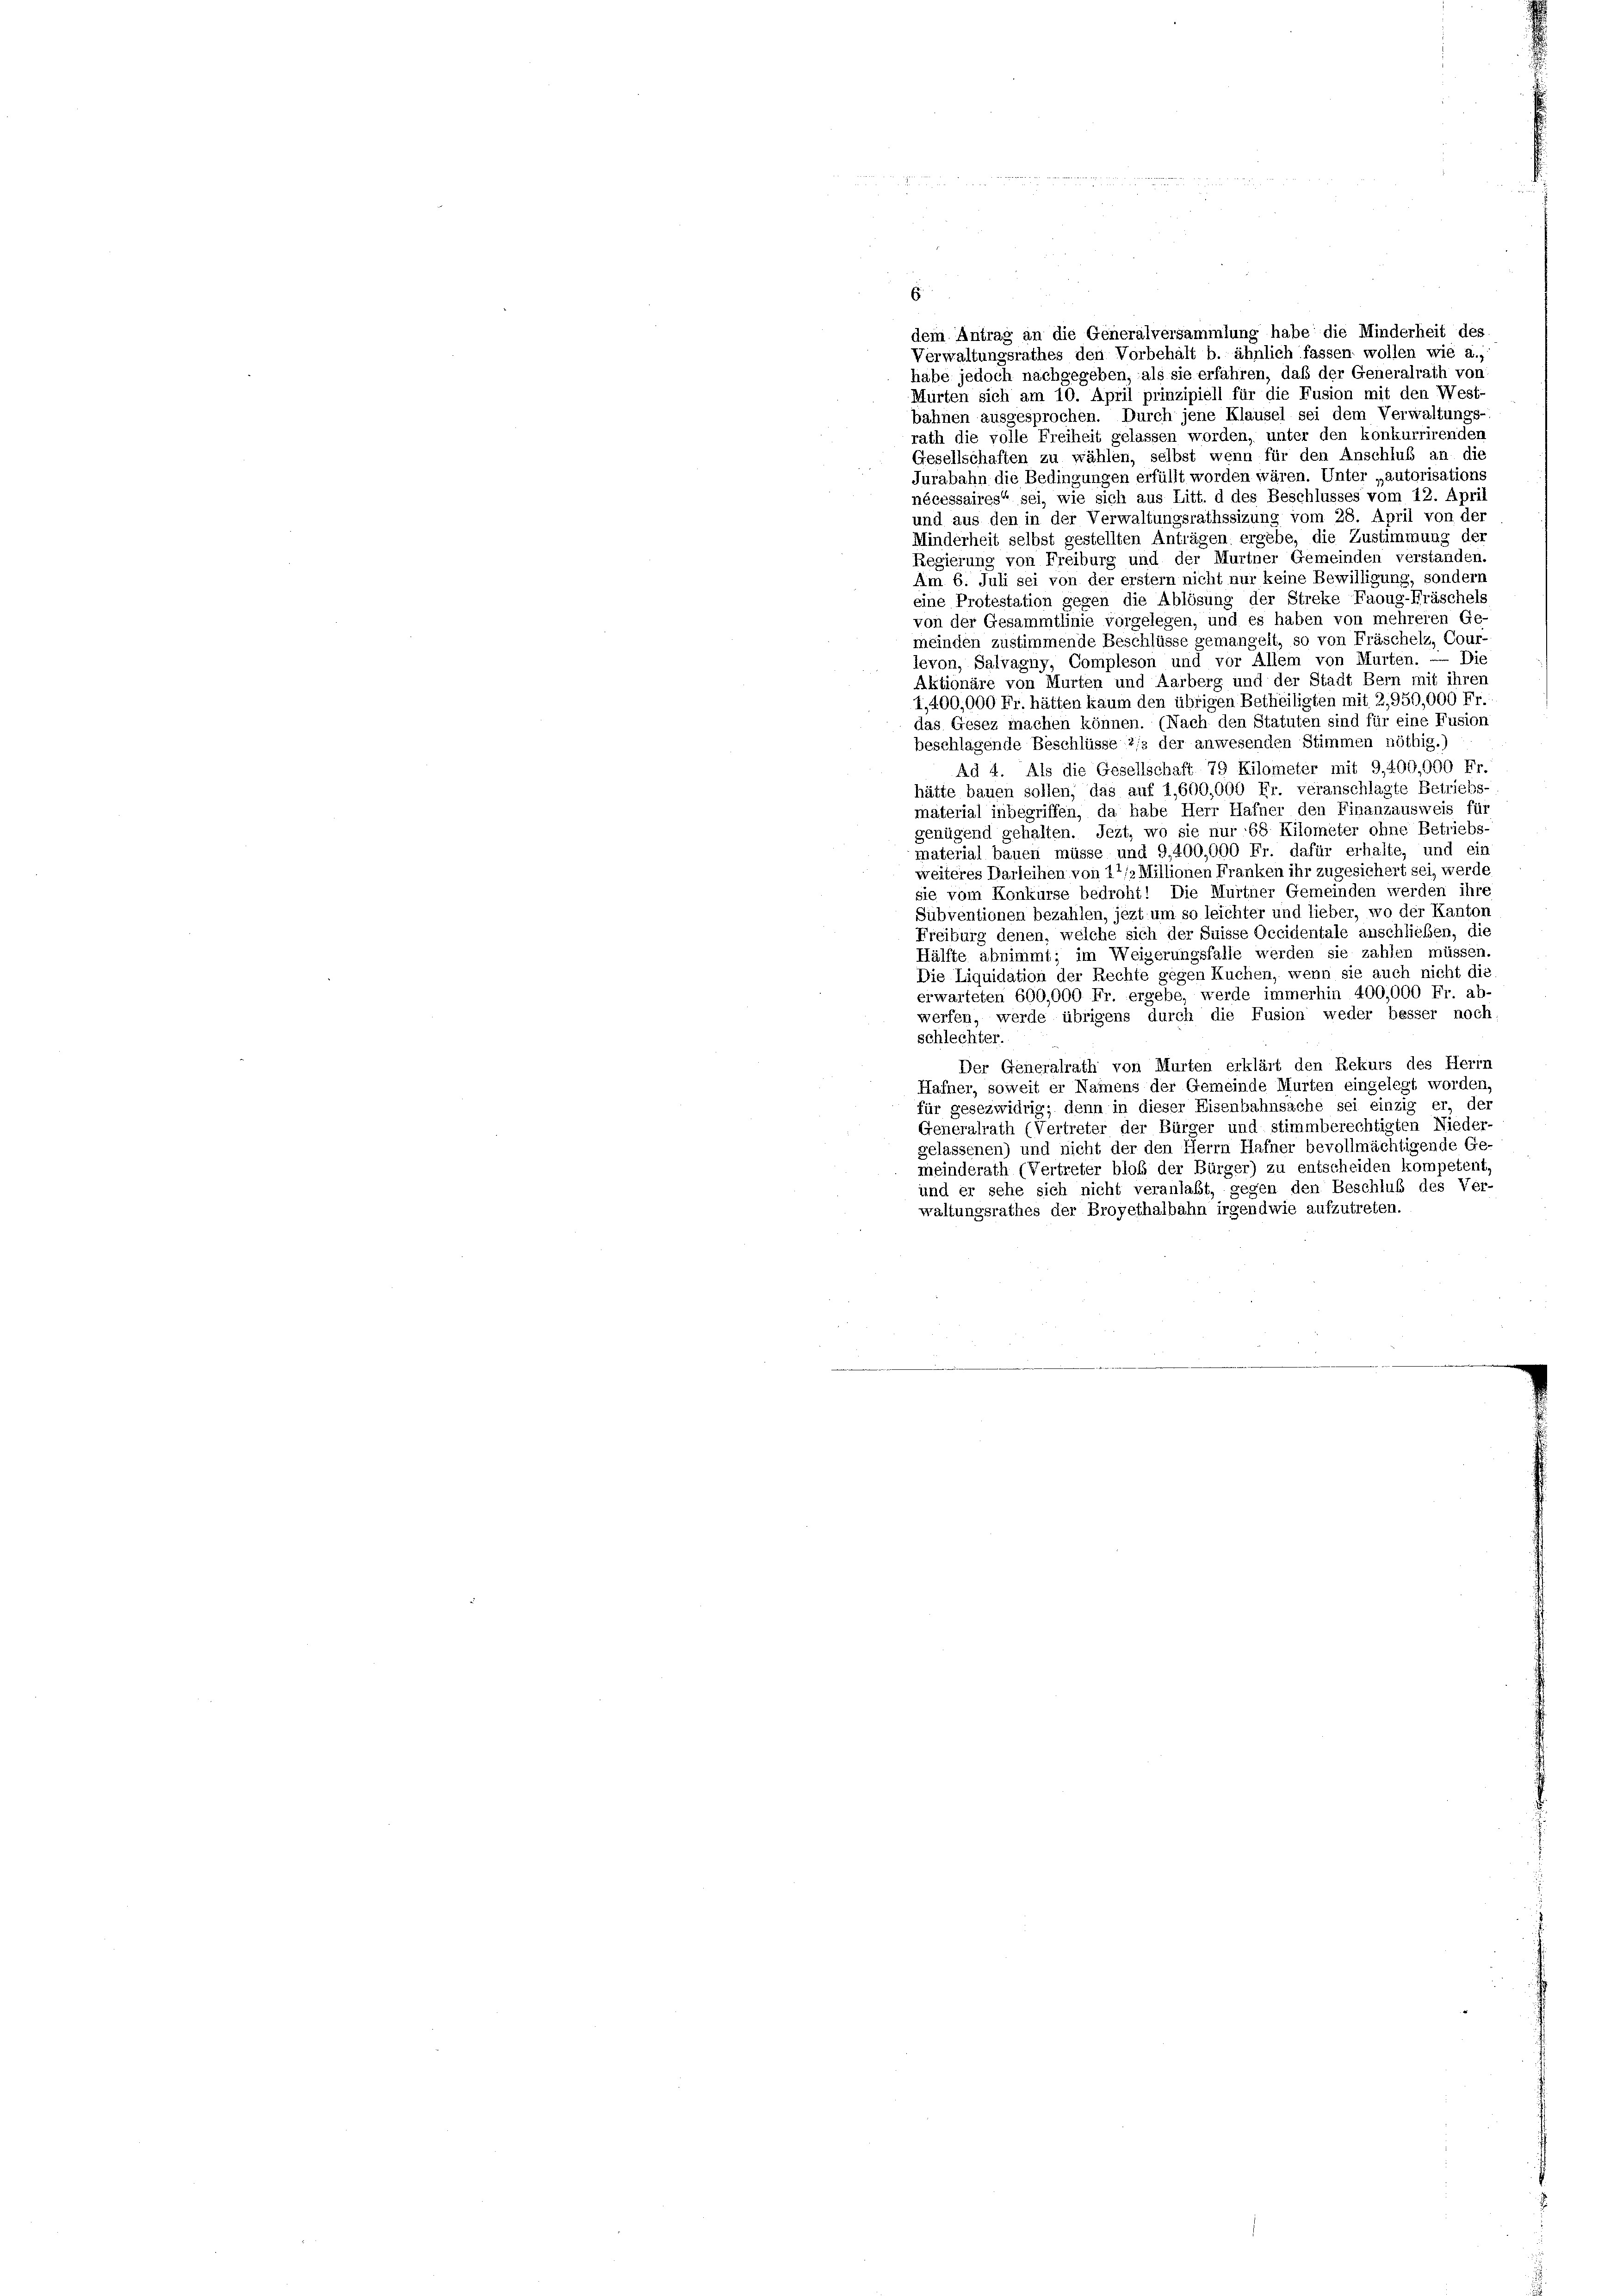
E
dem Antrag an die Generalversammlung habe die Minderheit des
Verwaltungsrathes den Vorbehalt b. ähnlich fassen wollen wie a.,
habe jedoch nachgegeben, als sie erfahren, daß der Generalrath von:
Murten sich am 10. April prinzipiell für die Fusion mit den West-
bahnen ausgesprochen. Durch jene Klausel sei dem Verwaltungs-
rath die volle Freiheit gelassen worden, unter den konkurrirenden
Gesellschaften zu wählen, selbst wenn für den Anschluß an die
Jurabahn die Bedingungen erfüllt worden wären. Unter „autorisations
nécessaires“ sei, wie sich aus Litt. d des Beschlusses vom 12. April
und aus den in der Verwaltungsrathssizung vom 28. April von der
Minderheit selbst gestellten Anträgen ergebe, die Zustimmung der
Regierung von Freiburg und der Murtner Gemeinden verstanden.
Am 6. Juli sei von der erstem nicht nur keine Bewilligung, sondern
eine Protestation gegen die Ablösung der Streke Faoug-Fräschels
von der Gesammtlinie vorgelegen, und es haben von mehreren Ge-
meinden zustimmende Beschlüsse gemangelt, so von Fräschelz, Cour-
levon, Salvagny, Compleson und vor Allem von Murten. — Die
Aktionäre von Murten und Aarberg und der Stadt Bern mit ihren
1,400,000 Fr. hätten kaum den übrigen Betheiligten mit 2,950,000 Fr.
das Gesez machen können. (Nach den Statuten sind für eine Fusion
beschlagende Beschlüsse 2/s der anwesenden Stimmen nöthig.)
Ad 4. Als die Gesellschaft 79 Kilometer mit 9,400,000 Fr.
hätte bauen sollen, das auf 1,600,000 Fr. veranschlagte Betriebs-
material inbegriffen, da habe Herr Hafner den Finanzausweis für
genügend gehalten. Jezt, wo sie nur 68 Kilometer ohne Betriebs
material bauen müsse und 9,400,000 Fr. dafür erhalte, und ein
weiteres Darleihen von 11/2 Millionen Franken ihr zugesichert sei, werde
sie vom Konkurse bedroht! Die Murtner Gemeinden werden ihre
Subventionen bezahlen, jezt um so leichter und lieber, wo der Kanton
Freiburg denen, welche sich der Suisse Occidentale anschließen, die
Hälfte abnimmt; im Weigerungsfalle werden sie zahlen müssen
Die Liquidation der Rechte gegen Kuchen, wenn sie auch nicht die
erwarteten 600,000 Fr. ergebe, werde immerhin 400,000 Fr. ab-
werfen, werde übrigens durch die Fusion weder besser noch
schlechter.
Der Generalrath von Murten erklärt den Rekurs des Herrn
Hafner, soweit er Namens der Gemeinde Murten eingelegt worden,
für gesezwidrig; denn in dieser Eisenbahnsache sei einzig er, der
Generalrath (Vertreter der Bürger und stimmberechtigten Nieder-
gelassenen) und nicht der den Herrn Hafner bevollmächtigende Ge-
meinderath (Vertreter bloß der Bürger) zu entscheiden kompetent,
und er sehe sich nicht veranlaßt, gegen den Beschluß des Ver-
waltungsrathes der Broyethalbahn irgendwie aufzutreten.